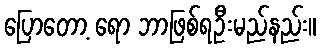
ပြောတော့ ရော ဘာဖြစ်ရဦးမည်နည်း။